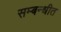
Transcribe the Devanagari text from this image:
सम्बन्धीत